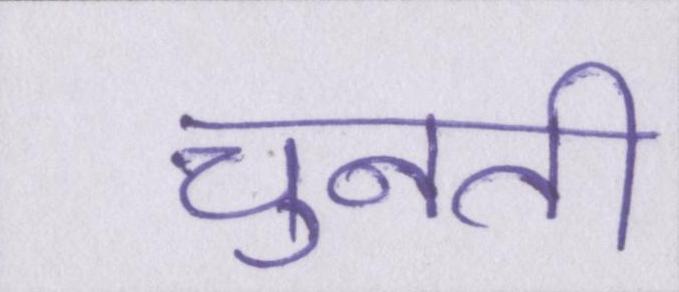
चुनती